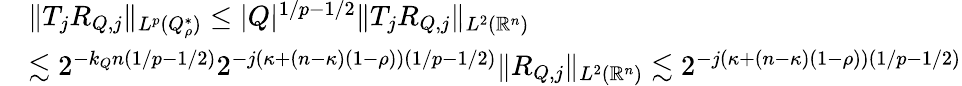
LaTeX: \begin{array}{rl}&{\| T_{j}R_{Q,j}\| _{L^{p}(Q_{\rho}^{*})}\leq|Q|^{1/p-1/2}\| T_{j}R_{Q,j}\| _{L^{2}(\mathbb{R}^{n})}}\\ &{\lesssim 2^{-k_{Q}n(1/p-1/2)}2^{-j(\kappa+(n-\kappa)(1-\rho))(1/p-1/2)}\| R_{Q,j}\| _{L^{2}(\mathbb{R}^{n})}\lesssim 2^{-j(\kappa+(n-\kappa)(1-\rho))(1/p-1/2)}}\end{array}